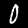
Label: 0